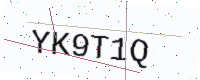
Text: YK9T1Q